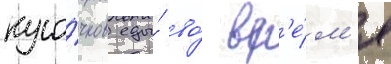
кусо́чков еды́ во́ вр'е́м'я